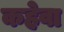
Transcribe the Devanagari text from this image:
कहेवा